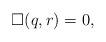
LaTeX: \begin{align*} \Box(q,r)=0, \end{align*}